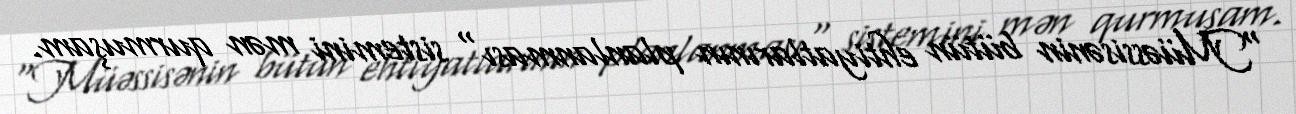
"Müəssisənin bütün ehtiyatlarının planlanması" sistemini mən qurmuşam.